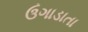
ઉગાડાતા